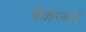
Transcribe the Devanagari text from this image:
पैकेजरों